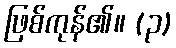
ဖြစ်ကုန်၏။ (၃)